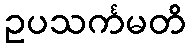
ဥပသင်္ကမတိ